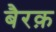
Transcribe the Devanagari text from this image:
बैरक़